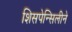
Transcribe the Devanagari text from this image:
शिसपेन्सिलीने